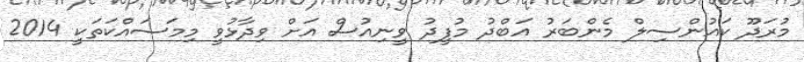
މުރަދޫ ކައުންސިލް މެންބަރު އަބްދު މުފީދު ވީނިއުސް އަށް ވިދާޅުވީ މިމަސައްކަތަކީ 2014